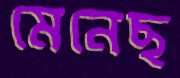
মেনেছ